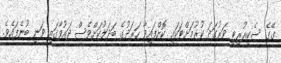
ގޭގެ ސެކިއުރިޓީ ވަރުގަދަ ކުރުމަށްޓަކައި ކޮށްފައިވާ ހަރަދުގެ ބަދަލުކަށްވެސް ދައުވާގައި ވަނީ ބުނެފައެވެ.